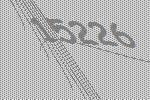
15226